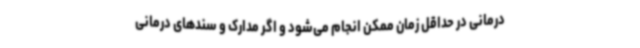
درمانی در حداقل زمان ممکن انجام می‌شود و اگر مدارک و سندهای درمانی